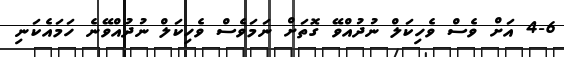
4-6 އަށް ވެސް ވެހިކަލް ނުދުއްވޭ ގޮތަށް ނަމަވެސް ވެހިކަލް ނުދުއްވޭނެ ހަމައެކަނި